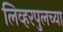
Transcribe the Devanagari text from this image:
लिव्हरपुलच्या